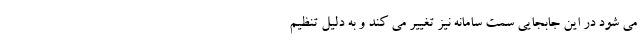
می شود در این جابجایی سمت سامانه نیز تغییر می کند و به دلیل تنظیم